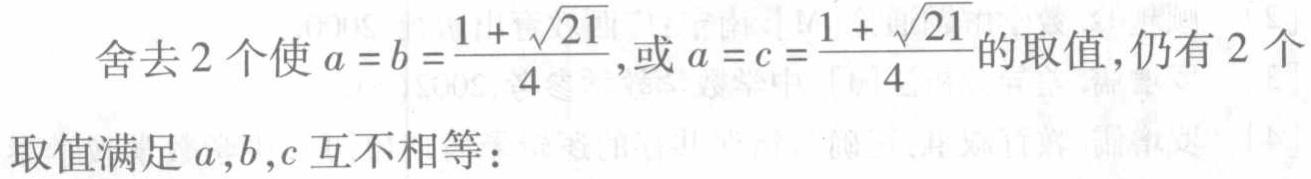
舍去 2 个使 \(a = b=\frac{1 + \sqrt{21}}{4}\),或 \(a = c=\frac{1 + \sqrt{21}}{4}\)的取值，仍有 2 个
取值满足 \(a,b,c\) 互不相等：